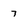
Character: 7